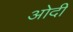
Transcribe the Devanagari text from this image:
ओदी